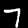
Digit: 7